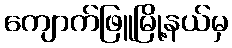
ကျောက်ဖြူမြို့နယ်မှ